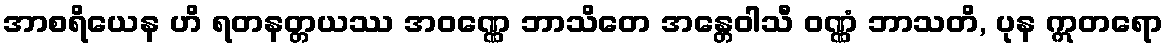
အာစရိယေန ဟိ ရတနတ္တယဿ အဝဏ္ဏေ ဘာသိတေ အန္တေဝါသီ ဝဏ္ဏံ ဘာသတိ, ပုန ဣတရော